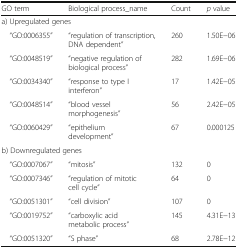
<table><thead><tr><td><b>GO term</b></td><td><b>Biological process_name</b></td><td><b>Count</b></td><td><b><i>p</i> value</b></td></tr></thead><tbody><tr><td colspan="4">a) Upregulated genes</td></tr><tr><td> “GO:0006355”</td><td>“regulation of transcription, DNA dependent”</td><td>260</td><td>1.50E−06</td></tr><tr><td> “GO:0048519”</td><td>“negative regulation of biological process”</td><td>282</td><td>1.69E−06</td></tr><tr><td> “GO:0034340”</td><td>“response to type I interferon”</td><td>17</td><td>1.42E−05</td></tr><tr><td> “GO:0048514”</td><td>“blood vessel morphogenesis”</td><td>56</td><td>2.42E−05</td></tr><tr><td> “GO:0060429”</td><td>“epithelium development”</td><td>67</td><td>0.000125</td></tr><tr><td colspan="4">b) Downregulated genes</td></tr><tr><td> “GO:0007067”</td><td>“mitosis”</td><td>132</td><td>0</td></tr><tr><td> “GO:0007346”</td><td>“regulation of mitotic cell cycle”</td><td>64</td><td>0</td></tr><tr><td> “GO:0051301”</td><td>“cell division”</td><td>107</td><td>0</td></tr><tr><td> “GO:0019752”</td><td>“carboxylic acid metabolic process”</td><td>145</td><td>4.31E−13</td></tr><tr><td> “GO:0051320”</td><td>“S phase”</td><td>68</td><td>2.78E−12</td></tr></tbody></table>